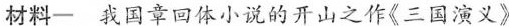
材料一 我国章回体小说的开山之作《三国演义》